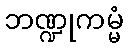
ဘဏ္ဍုကမ္မံ